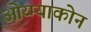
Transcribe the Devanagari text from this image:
ओय्म्याकोन